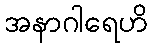
အနာဂါရေဟိ